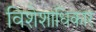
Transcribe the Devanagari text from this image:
विशेशाधिकार